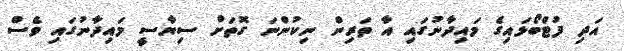
އަދި ފުޓްބޯޅައިގެ މައިދާނުގައި އާ ތަރިން ނިކުންނަ ގޮތަށް ސިޔާސީ މައިދާނުގައި ވެސް